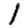
Digit: 1